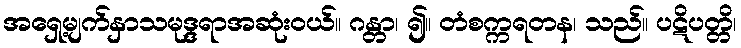
အရှေ့မျက်နှာသမုဒ္ဒရာအဆုံးဝယ်။ ဂန္တာ၊ ၍။ တံစက္ကရတန၊ သည်။ ပဋိပတ္တိ၊